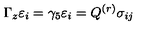
\Gamma _ { z } \varepsilon _ { i } = \gamma _ { 5 } \varepsilon _ { i } = Q ^ { ( r ) } \sigma _ { i j }